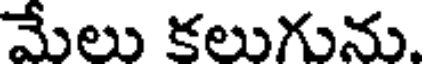
మేలు కలుగును.